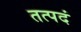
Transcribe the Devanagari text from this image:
तत्पदं